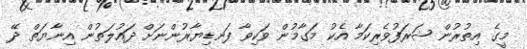
މީގެ އިތުރުން ޝަރަފުވެރިކަމާ އެކު މަގާމުން ވަކިވާ ފަނޑިޔާރުންނަށް ދައުލަތުން އިނާޔަތް ދޭ